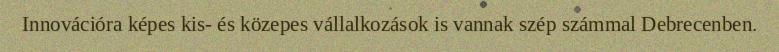
Innovációra képes kis- és közepes vállalkozások is vannak szép számmal Debrecenben.